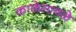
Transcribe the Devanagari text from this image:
काळेसावळे